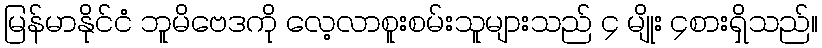
မြန်မာနိုင်ငံ ဘူမိဗေဒကို လေ့လာစူးစမ်းသူများသည် ၄ မျိုး ၄စားရှိသည်။